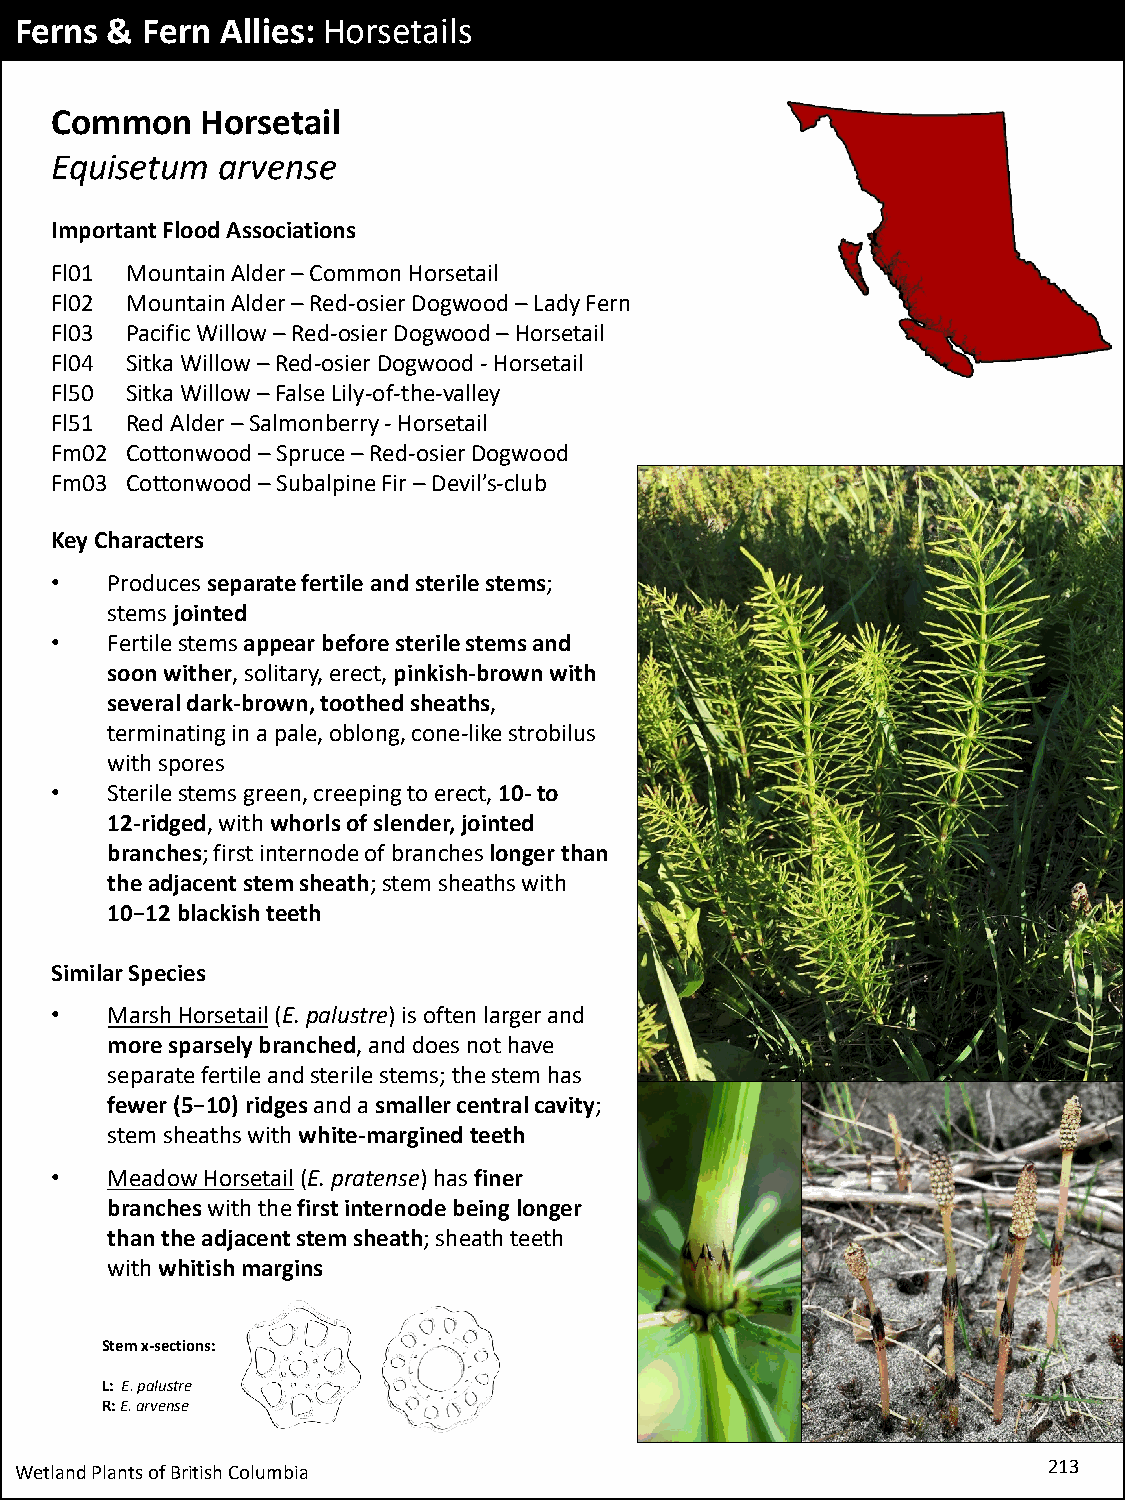
Ferns & Fern  Allies: Horsetails
 Common    Horsetail
 Equisetum  arvense
 Important Flood Associations
 Fl01 Mountain Alder –Common Horsetail
 Fl02 Mountain Alder –Red-osier Dogwood –Lady Fern
 Fl03 Pacific Willow –Red-osier Dogwood –Horsetail
 Fl04 Sitka Willow –Red-osier Dogwood -Horsetail
 Fl50 Sitka Willow –False Lily-of-the-valley
 Fl51 Red Alder –Salmonberry -Horsetail
 Fm02 Cottonwood –Spruce –Red-osier Dogwood
 Fm03 Cottonwood –Subalpine Fir –Devil’s-club
 Key Characters
 •   Produces separate fertile and sterile stems;
 stems jointed
 •   Fertile stems appear before sterile stems and
 soon wither, solitary, erect, pinkish-brown with
 several dark-brown, toothed sheaths,
 terminating in a pale, oblong, cone-like strobilus
 with spores
 •   Sterile stems green, creeping to erect, 10-to
 12-ridged, with whorls of slender, jointed
 branches; first internode of branches longer than
 the adjacent stem sheath; stem sheaths with
 10−12 blackish teeth
 Similar Species
 •   Marsh Horsetail(E. palustre) is often larger and
 more sparsely branched, and does not have
 separate fertile and sterile stems; the stem has
 fewer (5−10) ridges and a smaller central cavity;
 stem sheaths with white-margined teeth
 •   Meadow Horsetail(E. pratense) has finer
 brancheswith the first internode being longer
 than the adjacent stem sheath; sheath teeth
 with whitish margins
 Stem x-sections:
 L: E. palustre
 R: E. arvense
 Wetland Plants of British Columbia                                  213